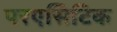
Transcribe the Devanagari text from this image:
परएसिटिक